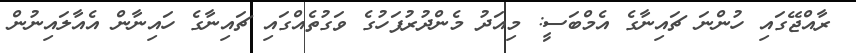
ރާއްޖޭގައި ހުންނަ ޗައިނާގެ އެމްބަސީ: މިއަދު މެންދުރުފަހުގެ ވަގުތެއްގައި ޗައިނާގެ ހައިނާން އެއާލައިނުން